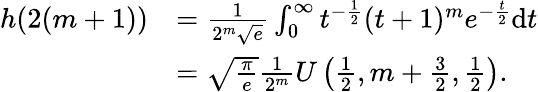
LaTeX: \begin{array}{rl}{h(2(m+1))}&{=\frac{1}{2^{m}\sqrt{e}}\int_{0}^{\infty}t^{-\frac{1}{2}}(t+1)^{m}e^{-\frac{t}{2}}\mathrm{d}t}\\ &{=\sqrt{\frac{\pi}{e}}\frac{1}{2^{m}}U\left(\frac{1}{2},m+\frac{3}{2},\frac{1}{2}\right).}\end{array}